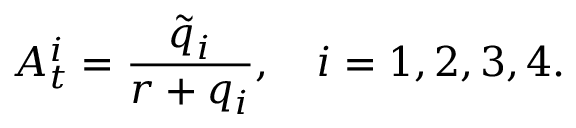
A _ { t } ^ { i } = \frac { \tilde { q } _ { i } } { r + q _ { i } } , \ \ \ i = 1 , 2 , 3 , 4 .